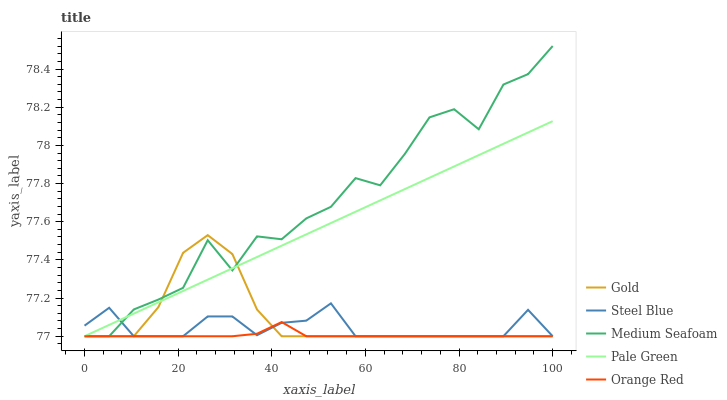
| xaxis_label | Gold | Steel Blue | Medium Seafoam | Pale Green | Orange Red |
 | --- | --- | --- | --- | --- | --- |
 | 0 | 77 | 77.1 | 77 | 77 | 77 |
 | 5.26 | 77 | 77.1 | 77 | 77.1 | 77 |
 | 10.5 | 77 | 77 | 77.1 | 77.1 | 77 |
 | 15.8 | 77.2 | 77 | 77.2 | 77.2 | 77 |
 | 21.1 | 77.4 | 77 | 77.3 | 77.2 | 77 |
 | 26.3 | 77.5 | 77.1 | 77.5 | 77.3 | 77 |
 | 31.6 | 77.4 | 77.1 | 77.3 | 77.4 | 77 |
 | 36.8 | 77.1 | 77 | 77.5 | 77.4 | 77 |
 | 42.1 | 77 | 77.1 | 77.5 | 77.5 | 77.1 |
 | 47.4 | 77 | 77.1 | 77.6 | 77.5 | 77 |
 | 52.6 | 77 | 77.2 | 77.7 | 77.6 | 77 |
 | 57.9 | 77 | 77 | 77.8 | 77.7 | 77 |
 | 63.2 | 77 | 77 | 77.8 | 77.7 | 77 |
 | 68.4 | 77 | 77 | 78 | 77.8 | 77 |
 | 73.7 | 77 | 77 | 78.1 | 77.8 | 77 |
 | 78.9 | 77 | 77 | 78.2 | 77.9 | 77 |
 | 84.2 | 77 | 77 | 78.1 | 77.9 | 77 |
 | 89.5 | 77 | 77 | 78.3 | 78 | 77 |
 | 94.7 | 77 | 77.1 | 78.4 | 78.1 | 77 |
 | 100 | 77 | 77 | 78.5 | 78.1 | 77 |